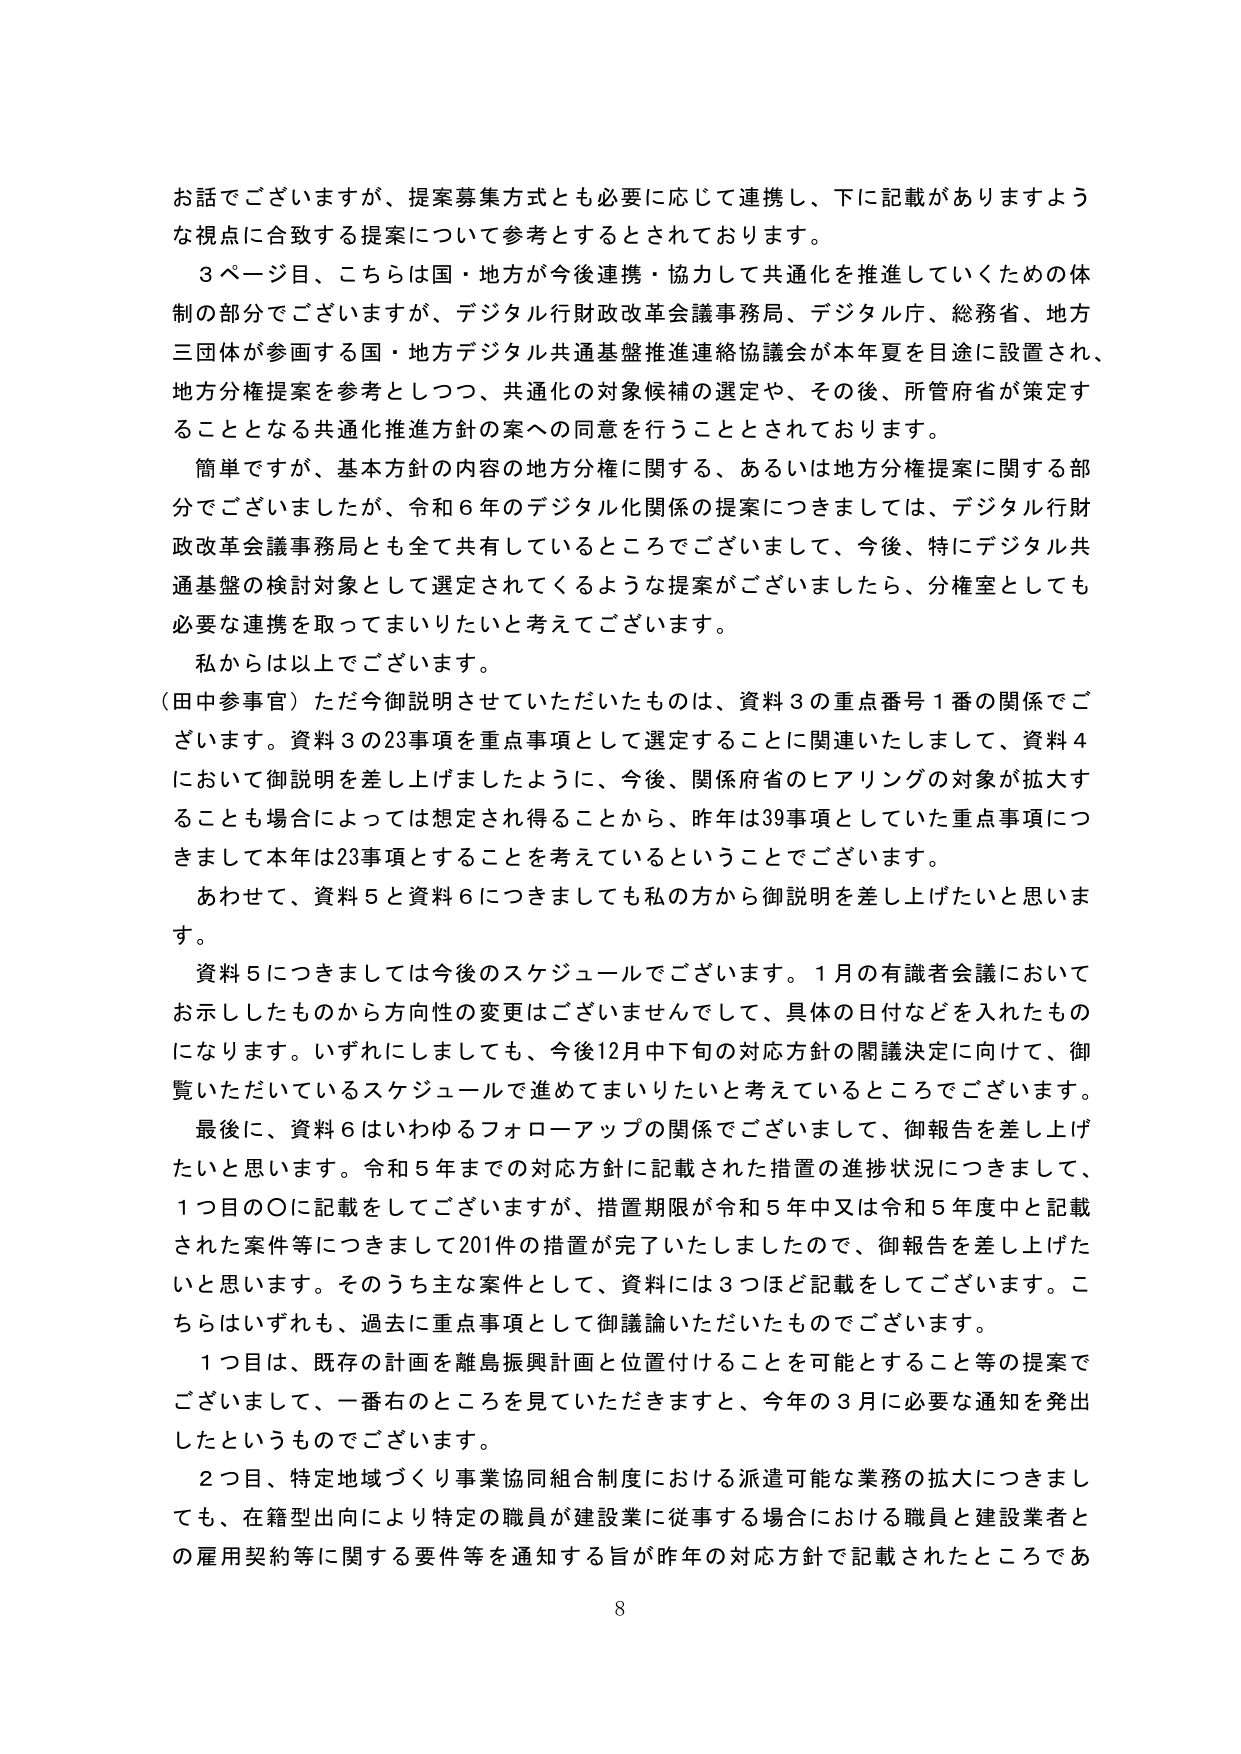
お話でございますが、提案募集方式とも必要に応じて連携し、下に記載がありますような視点に合致する提案について参考とするとされております。

３ページ目、こちらは国・地方が今後連携・協力して共通化を推進していくための体制の部分でございますが、デジタル行財政改革会議事務局、デジタル庁、総務省、地方三団体が参画する国・地方デジタル共通基盤推進連絡協議会が本年夏を目途に設置され、地方分権提案を参考としつつ、共通化の対象候補の選定や、その後、所管府省が策定することとなる共通化推進方針の案への同意を行うこととされております。

簡単ですが、基本方針の内容の地方分権に関する、あるいは地方分権提案に関する部分でございましたが、令和６年のデジタル化関係の提案につきましては、デジタル行財政改革会議事務局とも全て共有しているところでございまして、今後、特にデジタル共通基盤の検討対象として選定されてくるような提案がございましたら、分権室としても必要な連携を取ってまいりたいと考えております。

私からは以上でございます。

（田中参事官）ただ今御説明させていただいたものは、資料３の重点番号１番の関係でございます。資料３の23事項を重点事項として選定することに関連いたしまして、資料４において御説明を差し上げましたように、今後、関係府省のヒアリングの対象が拡大することも場合によっては想定され得ることから、昨年は39事項としていた重点事項につきまして本年は23事項とすることを考えているということでございます。

あわせて、資料５と資料６につきましても私の方から御説明を差し上げたいと思います。

資料５につきましては今後のスケジュールでございます。１月の有識者会議においてお示ししたものから方向性の変更はございませんでして、具体の日付などを入れたものになります。いずれにしましても、今後12月中下旬の対応方針の閣議決定に向けて、御覧いただいているスケジュールで進めてまいりたいと考えているところでございます。

最後に、資料６はいわゆるフォローアップの関係でございまして、御報告を差し上げたいと思います。令和５年までの対応方針に記載された措置の進捗状況につきまして、１つ目の〇に記載をしてございますが、措置期限が令和５年中又は令和５年度中と記載された案件等につきまして201件の措置が完了いたしましたので、御報告を差し上げたいと思います。そのうち主な案件として、資料には３つほど記載をしてございます。こちらはいずれも、過去に重点事項として御議論いただいたものでございます。

１つ目は、既存の計画を離島振興計画と位置付けることを可能とすること等の提案でございまして、一番右のところを見ていただきますと、今年の３月に必要な通知を発出したというものでございます。

２つ目、特定地域づくり事業協同組合制度における派遣可能な業務の拡大につきましても、在籍型出向により特定の職員が建設業に従事する場合における職員と建設業者との雇用契約等に関する要件等を通知する旨が昨年の対応方針で記載されたところであ

8